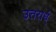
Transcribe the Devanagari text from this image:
उत्तरार्ध्